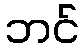
ဘင်